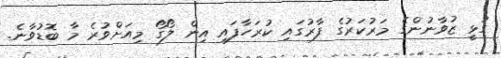
ގުޅީ ޒުވާނުންގެ މަރުކަރުގެ ފާރުގައި ކުރަހާފައި އިން ލޯގޯ މިއަށްވުރެ މާ ބޮޑުވާނެ.